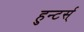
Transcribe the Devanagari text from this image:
हुन्टर्स्